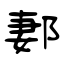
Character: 郪